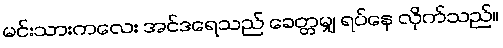
မင်းသားကလေး အင်ဒရေသည် ခေတ္တမျှ ရပ်နေ လိုက်သည်။